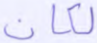
لكان